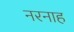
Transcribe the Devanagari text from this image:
नरनाह